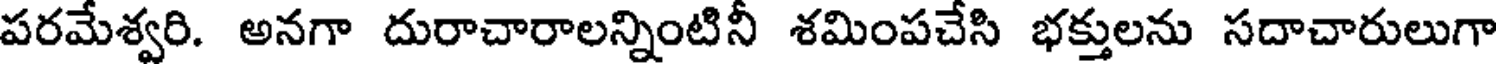
పరమేశ్వరి. అనగా దురాచారాలన్నింటినీ శమింపచేసి భక్తులను సదాచారులుగా